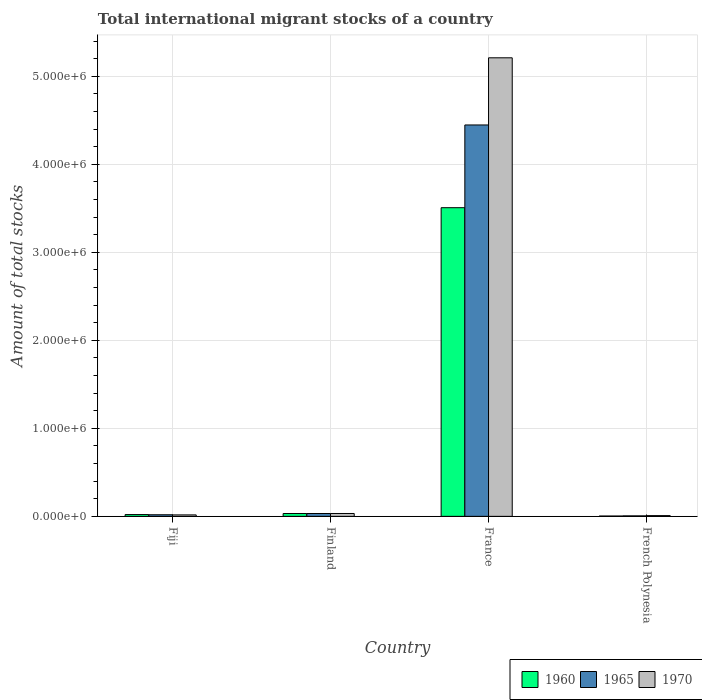
| Country | 1960 | 1965 | 1970 |
 | --- | --- | --- | --- |
 | Fiji | 2.01e+04 | 1.8e+04 | 1.64e+04 |
 | Finland | 3.21e+04 | 3.22e+04 | 3.25e+04 |
 | France | 3.51e+06 | 4.45e+06 | 5.21e+06 |
 | French Polynesia | 3.66e+03 | 5.48e+03 | 8.19e+03 |